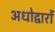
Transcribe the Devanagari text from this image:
अधोद्वारों